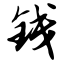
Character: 钱